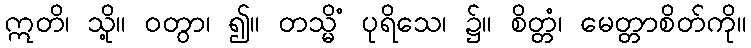
ဣတိ၊ သို့။ ဝတွာ၊ ၍။ တသ္မိံ ပုရိသေ၊ ၌။ စိတ္တံ၊ မေတ္တာစိတ်ကို။